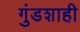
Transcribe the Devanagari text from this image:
गुंडशाही